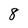
Character: 8